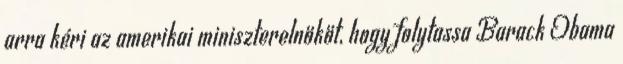
arra kéri az amerikai miniszterelnököt, hogy folytassa Barack Obama